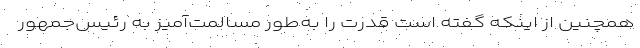
همچنین از اینکه گفته است قدرت را به‌طور مسالمت‌آمیز به رئیس‌جمهور